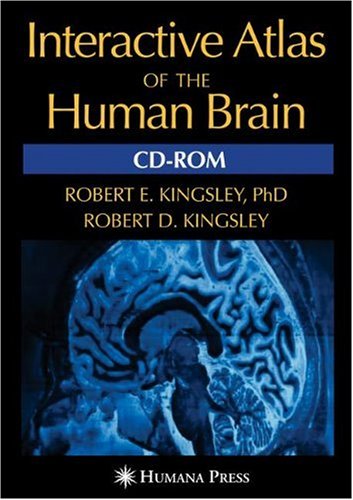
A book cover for Interactive Atlas of the Human Brain; Robert E. Kingsley; Medical Books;